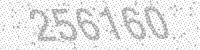
Solution: 256160